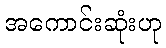
အကောင်းဆုံးဟု